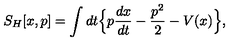
S _ { H } [ x , p ] = \int d t \Big \{ p \frac { d x } { d t } - \frac { p ^ { 2 } } { 2 } - V ( x ) \Big \} ,